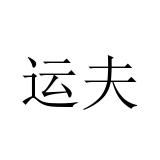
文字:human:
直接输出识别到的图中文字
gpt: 运夫